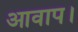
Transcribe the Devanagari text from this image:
आवाप।